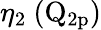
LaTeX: \eta_{2}~(\mathrm{Q_{2p}})